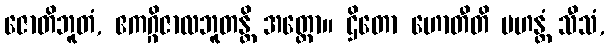
ဇောတိဘူတံ, ဧကဂ္ဂိဇာလဘူတန္တိ အတ္ထော။ ဌိတော ဟောတီတိ မဟန္တံ သီသံ,